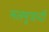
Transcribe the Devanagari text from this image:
मलमूत्रादी